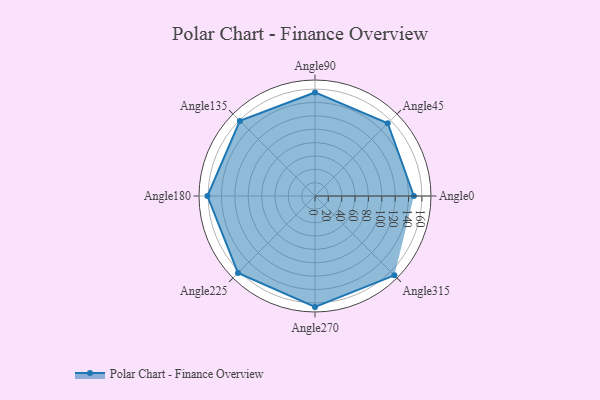
{"axis": {"x": "Angle", "y": "Radius"}, "legend": [""], "data": [{"x": "Angle0", "y": 148.0, "type": ""}, {"x": "Angle45", "y": 154.0, "type": ""}, {"x": "Angle90", "y": 155.0, "type": ""}, {"x": "Angle135", "y": 159.0, "type": ""}, {"x": "Angle180", "y": 161.0, "type": ""}, {"x": "Angle225", "y": 163.0, "type": ""}, {"x": "Angle270", "y": 166.0, "type": ""}, {"x": "Angle315", "y": 168.0, "type": ""}]}